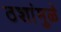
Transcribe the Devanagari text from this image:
ठशांमुळे